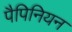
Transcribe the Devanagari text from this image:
पैपिनियन